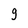
Character: 9